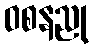
ဝစနညု